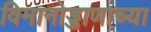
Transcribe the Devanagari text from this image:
विमानोड्डाणाच्या